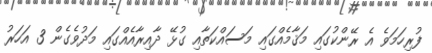
ފުރިހަމަވެ އެ ރޭންކުގައި މަޤާމެއްގައި މަސައްކަތާއި ގުޅޭ ދާއިރާއެއްގައި މަދުވެގެން 3 އަހަރު